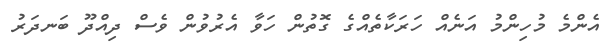
އެންމެ މުހިންމު އަނެއް ހަރަކާތެއްގެ ގޮތުން ހަވާ އެރުވުން ވެސް ދިއްދޫ ބަނދަރު